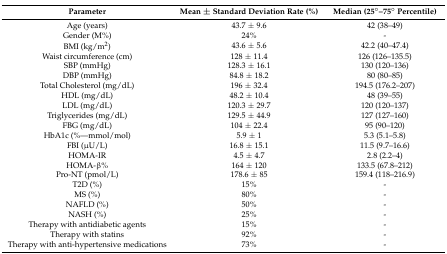
<table><thead><tr><td><b>Parameter</b></td><td><b>Mean ± Standard Deviation Rate (%)</b></td><td><b>Median (25°–75° Percentile)</b></td></tr></thead><tbody><tr><td>Age (years)</td><td>43.7 ± 9.6</td><td>42 (38–49)</td></tr><tr><td>Gender (M%)</td><td>24%</td><td>-</td></tr><tr><td>BMI (kg/m<sup>2</sup>)</td><td>43.6 ± 5.6</td><td>42.2 (40–47.4)</td></tr><tr><td>Waist circumference (cm)</td><td>128 ± 11.4</td><td>126 (126–135.5)</td></tr><tr><td>SBP (mmHg)</td><td>128.3 ± 16.1</td><td>130 (120–136)</td></tr><tr><td>DBP (mmHg)</td><td>84.8 ± 18.2</td><td>80 (80–85)</td></tr><tr><td>Total Cholesterol (mg/dL)</td><td>196 ± 32.4</td><td>194.5 (176.2–207)</td></tr><tr><td>HDL (mg/dL)</td><td>48.2 ± 10.4</td><td>48 (39–55)</td></tr><tr><td>LDL (mg/dL)</td><td>120.3 ± 29.7</td><td>120 (120–137)</td></tr><tr><td>Triglycerides (mg/dL)</td><td>129.5 ± 44.9</td><td>127 (127–160)</td></tr><tr><td>FBG (mg/dL)</td><td>104 ± 22.4</td><td>95 (90–120)</td></tr><tr><td>HbA1c (%—mmol/mol)</td><td>5.9 ± 1</td><td>5.3 (5.1–5.8)</td></tr><tr><td>FBI (μU/L)</td><td>16.8 ± 15.1</td><td>11.5 (9.7–16.6)</td></tr><tr><td>HOMA-IR</td><td>4.5 ± 4.7</td><td>2.8 (2.2–4)</td></tr><tr><td>HOMA-β%</td><td>164 ± 120</td><td>133.5 (67.8–212)</td></tr><tr><td>Pro-NT (pmol/L)</td><td>178.6 ± 85</td><td>159.4 (118–216.9)</td></tr><tr><td>T2D (%)</td><td>15%</td><td>-</td></tr><tr><td>MS (%)</td><td>80%</td><td>-</td></tr><tr><td>NAFLD (%)</td><td>50%</td><td>-</td></tr><tr><td>NASH (%)</td><td>25%</td><td>-</td></tr><tr><td>Therapy with antidiabetic agents</td><td>15%</td><td>-</td></tr><tr><td>Therapy with statins</td><td>92%</td><td>-</td></tr><tr><td>Therapy with anti-hypertensive medications</td><td>73%</td><td>-</td></tr></tbody></table>